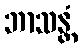
ဘာသန္တံ